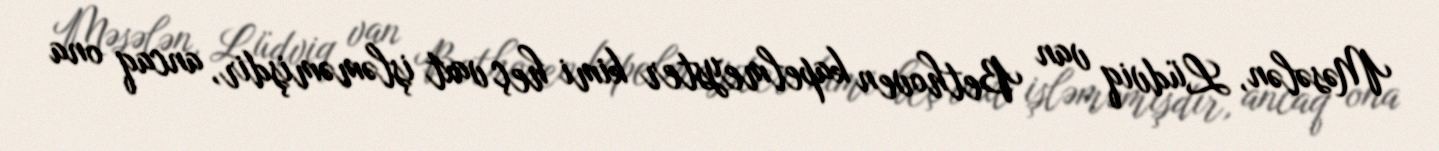
Məsələn, Lüdviq van Bethoven kapelmeyster kimi heç vaxt işləməmişdir, ancaq ona